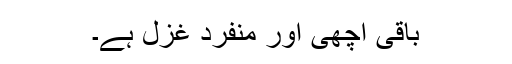
باقی اچھی اور منفرد غزل ہے۔